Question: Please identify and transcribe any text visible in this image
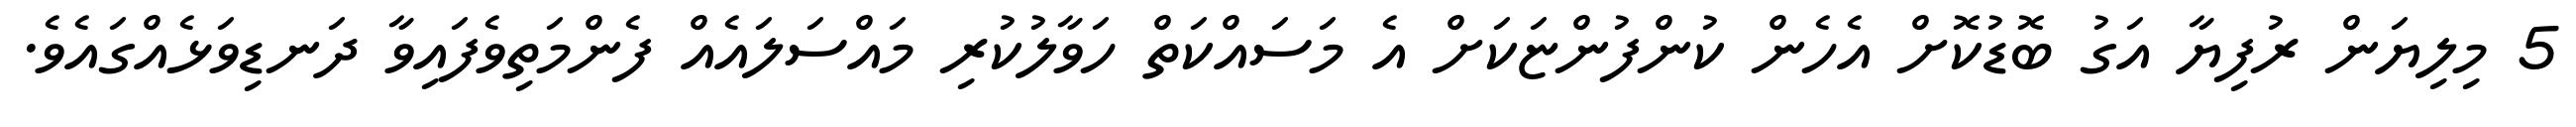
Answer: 5 މިލިޔަން ރުފިޔާ އަގު ބޮޑުކޮށް އެހެން ކުންފުންޏަކަށް އެ މަސައްކަތް ހަވާލުކުރި މައްސަލައެއް ފެންމަތިވެފައިވާ ދަނޑިވަޅެއްގައެވެ.